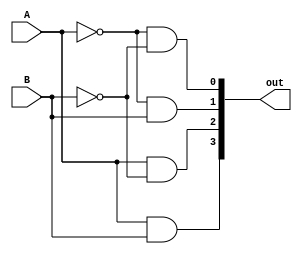
module decod_2_pra_4(A, B, out);
	input A, B;
	output [3:0] out;
	
	wire A_not, B_not;
	
	not (A_not, A);
	not (B_not, B);
	
	and And0 (out[0], A_not, B_not);
	and And1 (out[1], A_not, B);
	and And2 (out[2], A, B_not);
	and And3 (out[3], A, B);
	
	

endmodule